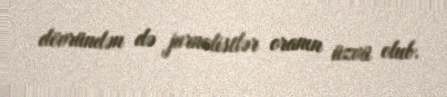
dövründən də jurnalistlər oranın üzvü olub.